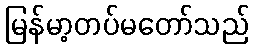
မြန်မာ့တပ်မတော်သည်